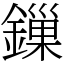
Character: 鏁